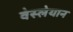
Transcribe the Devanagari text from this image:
वेस्लेयान